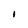
Character: I